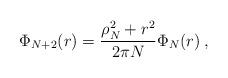
LaTeX: \begin{align*}\Phi_{N+2}(r)=\frac{\rho_N^2+r^2}{2\pi N}\Phi_N(r) \:,\end{align*}